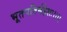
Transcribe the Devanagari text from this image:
भूतपतिर्महेशः।।।।